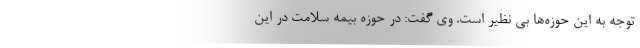
توجه به این حوزه‌ها بی نظیر است. وی گفت: در حوزه بیمه سلامت در این